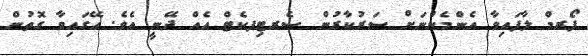
ފޯރމް ލާފައިވާ އެންމެންނަށް ސަރުކާރުން ސެރޓިފކެޓް އެއް ދޭނީ އެވެ. އޭގައިވާ ގޮތުން